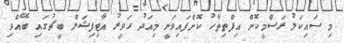
މި ސައިކަލު ރަސްމީކޮށް އިފްތިތާހު ކޮށްފައިވަނީ މިއަދު ހަވީރު އާޓިފިޝަލް ބީޗުގައި ބޭއްވި